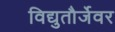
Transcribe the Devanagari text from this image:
विद्युतौर्जेवर